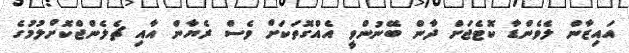
އައިޒާން ލެވެންޑާ ކޮޓެޖަށް ދާން ބޭނުންވީ އެއްގޮތަކަށް ވެސް ރެޔާން އާއި ޗެލެންޖްކޮށްލުމުގެ